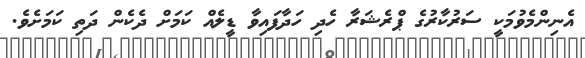
އެނިންމެވުމަކީ ސަރުކާރުގެ ޕްރެޝަރާ ހެދި ހަދާފައިވާ ޑީލެއް ކަމަށް ދެކެން ދަތި ކަމަށެވެ.